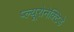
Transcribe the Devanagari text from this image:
प्ल्यूरोनेक्टिडे